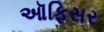
ઑફિસર